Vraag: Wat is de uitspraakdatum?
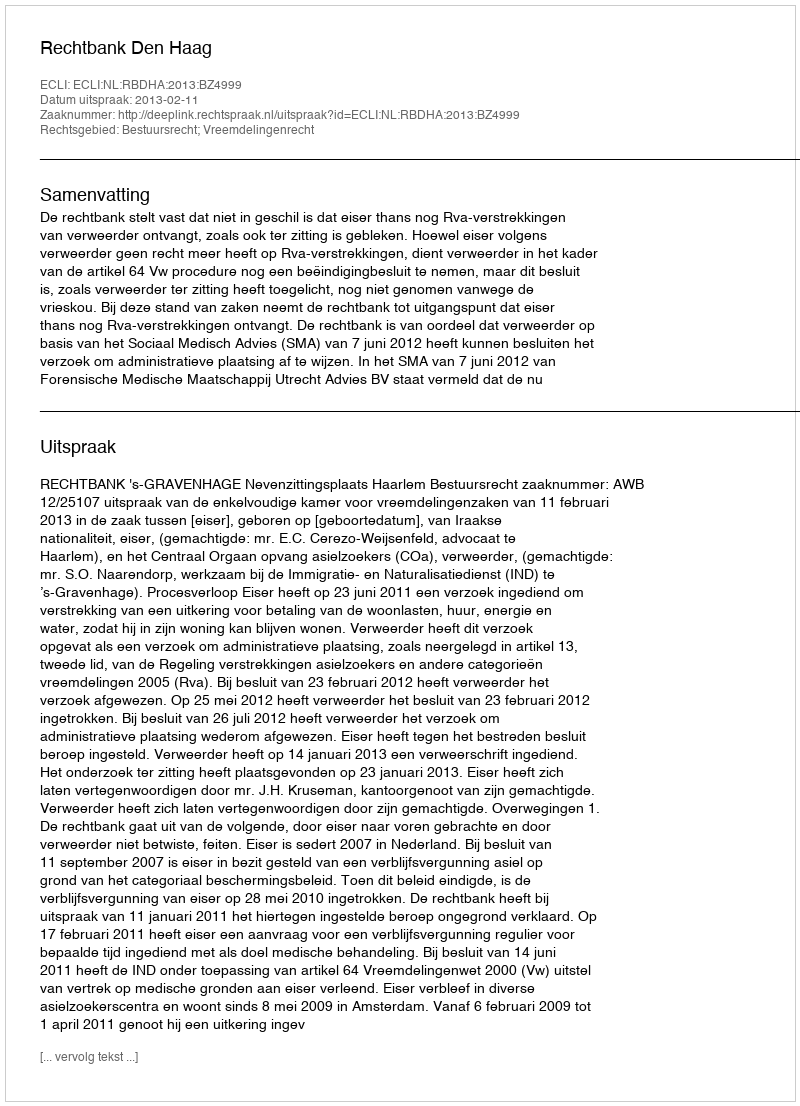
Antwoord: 2013-02-11